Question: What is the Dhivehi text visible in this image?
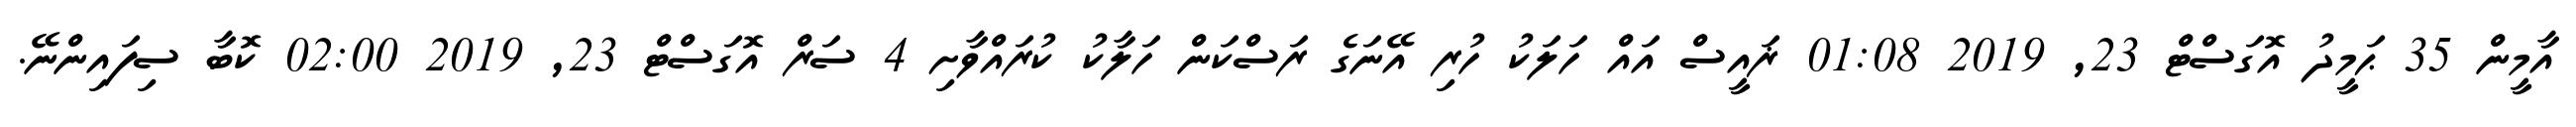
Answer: އާމީން 35 ޙަމީދު އޮގަސްޓް 23, 2019 01:08 ޜައީސް އައް ހަލަކު ހުރި އޭނަގެ ރަސްކަން ހަލާކު ކުރައްވާށި 4 ސަރް އޮގަސްޓް 23, 2019 02:00 ކޮބާ ސިފައިންނޭ.